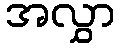
အလွှာ